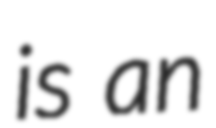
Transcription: is an